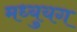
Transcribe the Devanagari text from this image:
मध्युयग